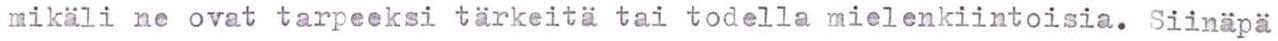
mikäli ne ovat tarpeeksi tärkeitä tai todella mielenkiintoisia. Siinäpä